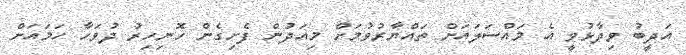
އަދީބު ވިދާޅުވީ އެ މައްސަލައަށް ތައްޔާރުވުމަށް މިއަދުން ފެށިގެން ހޮނިހިރު ދުވަހާ ހަމައަށް